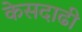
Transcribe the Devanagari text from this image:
केसदाढी